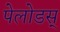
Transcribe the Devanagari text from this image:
पेलोडस्